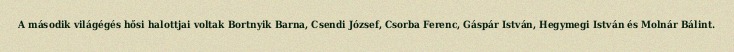
A második világégés hősi halottjai voltak Bortnyik Barna, Csendi József, Csorba Ferenc, Gáspár István, Hegymegi István és Molnár Bálint.